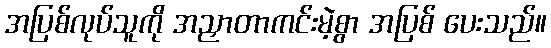
အပြစ်လုပ်သူကို အညှာတာကင်းမဲ့စွာ အပြစ် ပေးသည်။